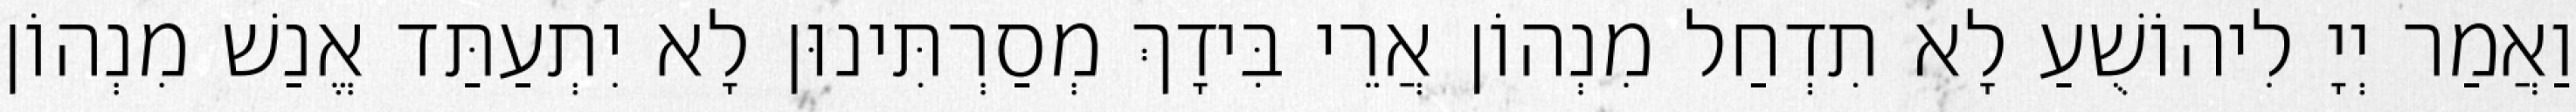
וַאֲמַר יְיָ לִיהוֹשֻׁעַ לָא תִדְחַל מִנְהוֹן אֲרֵי בִּידָךְ מְסַרְתִּינוּן לָא יִתְעַתַּד אֱנַשׁ מִנְהוֹן